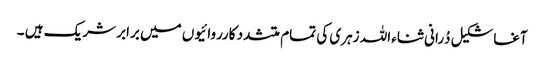
آغاشکیل دُرانی ثناء اللہ زہری کی تمام متشدد کارروائیوں میں برابر شریک ہیں ۔